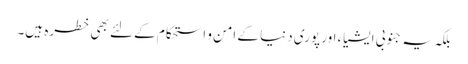
بلکہ یہ جنوبی ایشیاء اور پوری دنیا کے امن و استحکام کے لئے بھی خطرہ ہیں۔